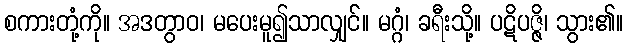
စကားတုံ့ကို။ အဒတွာဝ၊ မပေးမူ၍သာလျှင်။ မဂ္ဂံ၊ ခရီးသို့။ ပဋိပဇ္ဇိ၊ သွား၏။